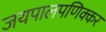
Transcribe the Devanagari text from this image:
जयपालपणिक्कर